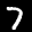
Label: 7